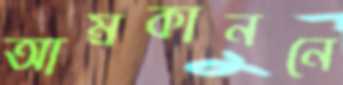
আম্রকাননে